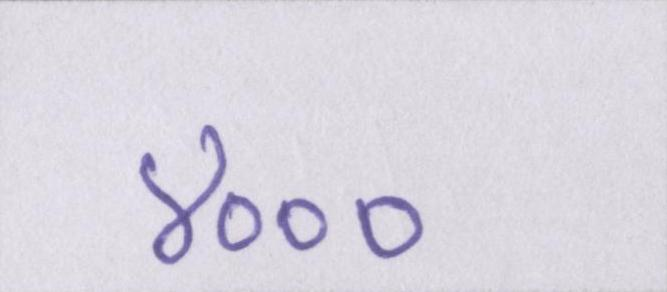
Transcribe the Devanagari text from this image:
४०००